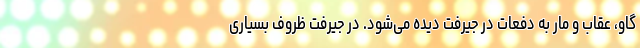
گاو، عقاب و مار به دفعات در جیرفت دیده می‌شود. در جیرفت ظروف بسیاری